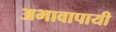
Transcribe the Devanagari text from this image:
अभावापायी